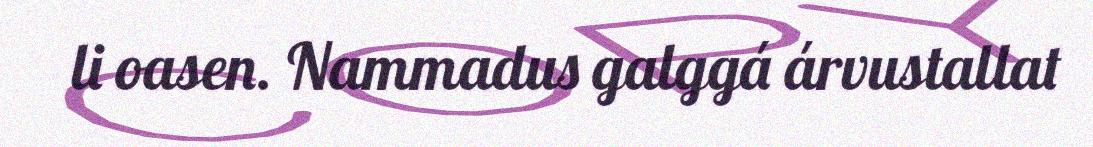
li oasen. Nammadus galggá árvustallat